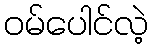
ဝမ်ပေါင်လဲ့